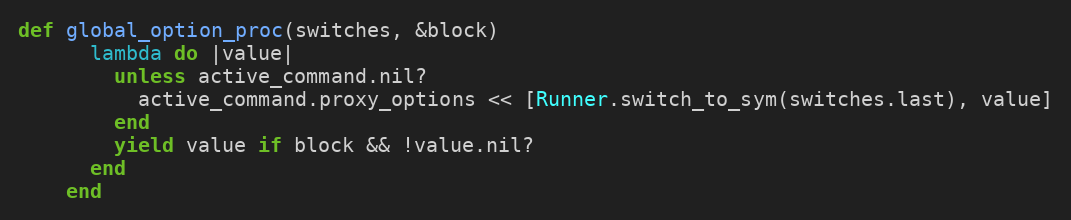
Language: Ruby
def global_option_proc(switches, &block)
      lambda do |value|
        unless active_command.nil?
          active_command.proxy_options << [Runner.switch_to_sym(switches.last), value]
        end
        yield value if block && !value.nil?
      end
    end